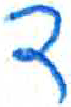
אות: ד